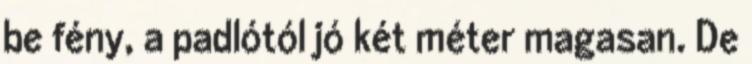
be fény, a padlótól jó két méter magasan. De